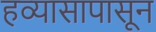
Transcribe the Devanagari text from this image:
हव्यासापासून